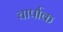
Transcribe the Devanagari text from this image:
चार्पाक